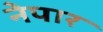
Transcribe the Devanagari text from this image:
नेपार